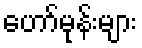
ဟော်မုန်းများ